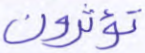
تؤثرون